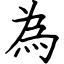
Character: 為